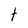
Character: t